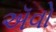
ઍવો